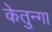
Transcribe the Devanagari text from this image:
केतुन्गा